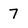
Character: 7